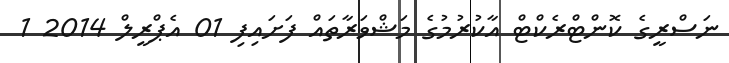
ނަސްރީގެ ކޮންޓްރެކްޓް އާކުރުމުގެ މަޝްވަރާތައް ފަށައިފި 01 އެޕްރީލް 2014 1